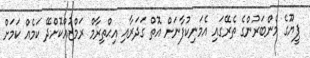
ޕީޔޫގެ މެންބަރުންގެ ތެރޭގައި އެމަނިކުފާނަށް އޮތް ގަދަރާއި އިޙްތިރާމް ރަމްޒުއްކޮށްދޭ ކަމެއް ކަމަށް